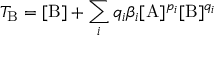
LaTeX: T _ { \mathrm { B } } = [ \mathrm { B } ] + \sum _ { i } q _ { i } \beta _ { i } [ \mathrm { A } ] ^ { p _ { i } } [ \mathrm { B } ] ^ { q _ { i } }